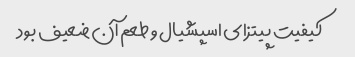
کیفیت پیتزای اسپشیال و طعم آن ضعیف بود